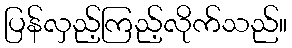
ပြန်လှည့်ကြည့်လိုက်သည်။